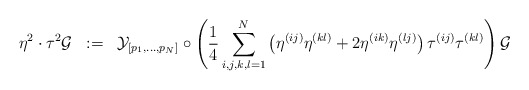
\begin{align*}\eta^2 \cdot \tau^2 {\cal{G}} \;\; :=\;\; {\cal{Y}}_{[ p_1 ,..., p_N ]} \circ \left( {1 \over 4} \sum_{i,j,k,l =1}^{N} \left( \eta^{(ij)} \eta^{(kl)} + 2 \eta^{(ik)} \eta^{(lj)} \right) \tau^{(ij)} \tau^{(kl)} \right) {\cal{G}}\end{align*}